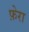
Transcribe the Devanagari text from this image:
फ़ेरा